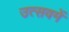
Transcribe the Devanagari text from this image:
उत्सवमें